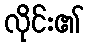
လိုင်း၏